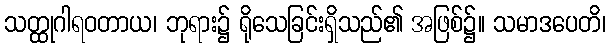
သတ္ထုဂါရဝတာယ၊ ဘုရား၌ ရိုသေခြင်းရှိသည်၏ အဖြစ်၌။ သမာဒပေတိ၊